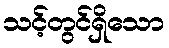
သင့်တွင်ရှိသော